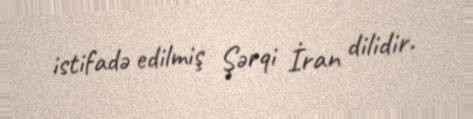
istifadə edilmiş Şərqi İran dilidir.